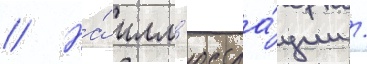
// На́ илл'юстра́ции /